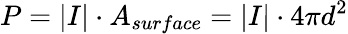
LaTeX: P=|I|\cdot A_{surface}=|I|\cdot 4\pi d^{2}